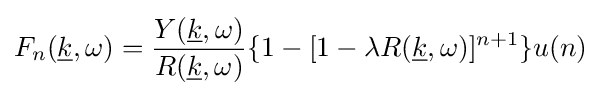
F_{n}({\underline {k}},\omega )={\frac {Y({\underline {k}},\omega )}{R({\underline {k}},\omega )}}\lbrace 1-[1-\lambda R({\underline {k}},\omega )]^{n+1}\rbrace u(n)